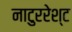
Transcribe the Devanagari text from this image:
नाटुररेश्ट